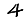
Digit: 4